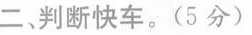
二、判断快车。(5分)